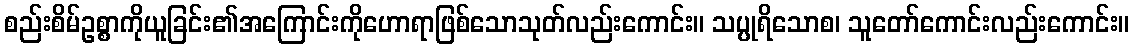
စည်းစိမ်ဥစ္စာကိုယူခြင်း၏အကြောင်းကိုဟောရာဖြစ်သောသုတ်လည်းကောင်း။ သပ္ပုရိသောစ၊ သူတော်ကောင်းလည်းကောင်း။